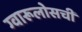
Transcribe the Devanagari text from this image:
ग्वारूलोसची